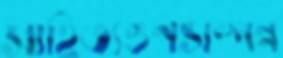
সাহিত্যগুণসম্পন্ন